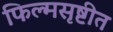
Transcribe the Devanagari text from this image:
फिल्मसृष्टीत